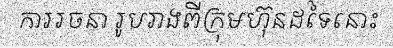
ការរចនា រូបរាងពីក្រុមហ៊ុនដទៃនោះ